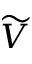
\widetilde V